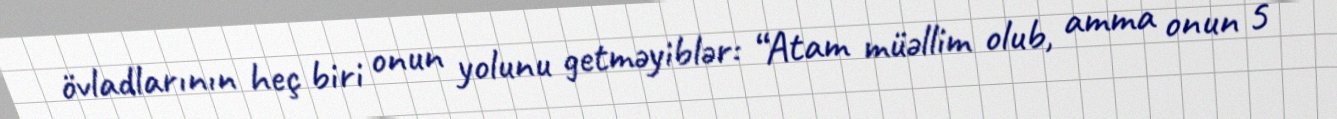
övladlarının heç biri onun yolunu getməyiblər: “Atam müəllim olub, amma onun 5